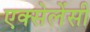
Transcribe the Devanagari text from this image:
एक्सेलेंसी